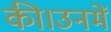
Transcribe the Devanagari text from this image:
की।उनमें